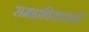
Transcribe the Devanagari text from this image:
समहाविद्यालयों